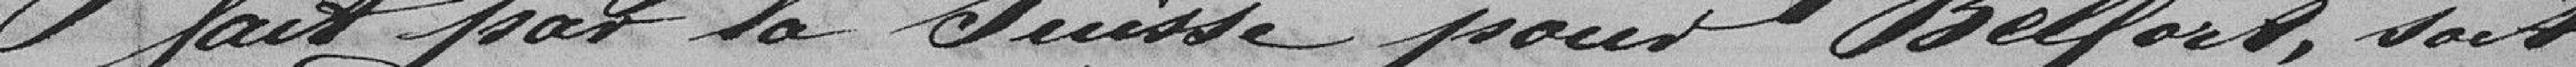
fait par la Suisse pour Belfort, soit